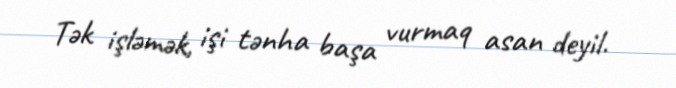
Tək işləmək, işi tənha başa vurmaq asan deyil.